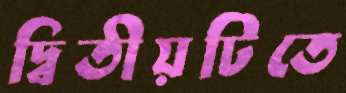
দ্বিতীয়টিতে